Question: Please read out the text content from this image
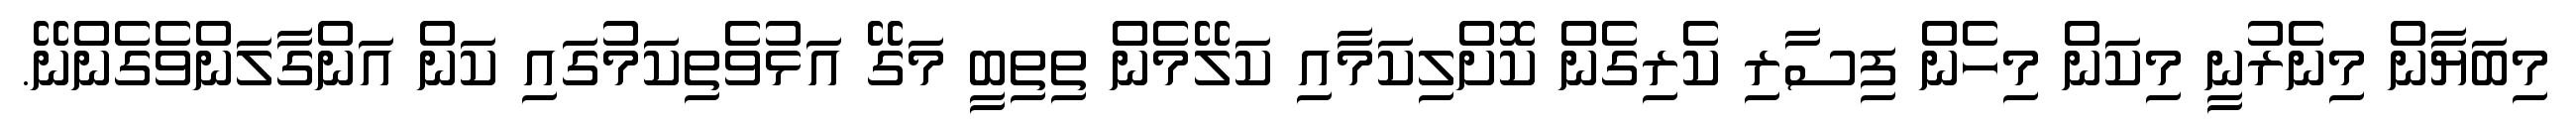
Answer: މިބަޔާން މިނެރުނީ މިކަން މިހެން ފިސާރި ކެރިގެން ކޮށްލިކަމާއި ކަލޭމެން ތިތިބީ މަގޭ އަޅުވެތިކަމުގައި ކަން އަންގާލަންވެގެންނޭ.